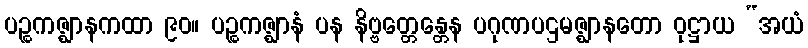
ပဉ္စကဇ္ဈာနကထာ ၉၀။ ပဉ္စကဇ္ဈာနံ ပန နိဗ္ဗတ္တေန္တေန ပဂုဏပဌမဇ္ဈာနတော ဝုဋ္ဌာယ “အယံ